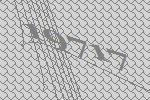
19717